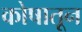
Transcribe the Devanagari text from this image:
कोषातून